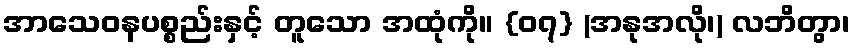
အာသေဝနပစ္စည်းနှင့် တူသော အထုံကို။ {၀၇} (အနုအလို၊) လဘိတွာ၊